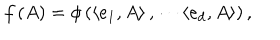
f \left( A \right) = \phi \left( \left\langle e _ { 1 } , A \right\rangle , \cdots \left\langle e _ { d } , A \right\rangle \right) ,